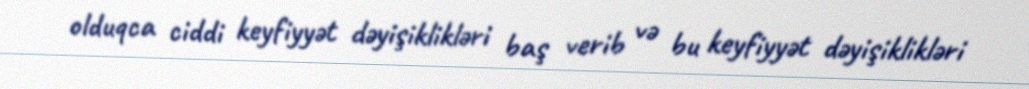
olduqca ciddi keyfiyyət dəyişiklikləri baş verib və bu keyfiyyət dəyişiklikləri